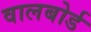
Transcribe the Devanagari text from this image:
वालबोर्ड